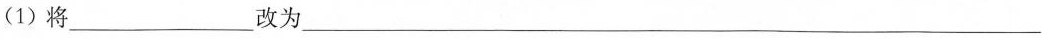
(1)将 ___改为___